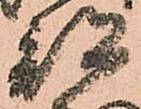
部